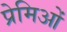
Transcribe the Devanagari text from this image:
प्रेमिओं